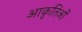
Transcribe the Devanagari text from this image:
आकृतिओं